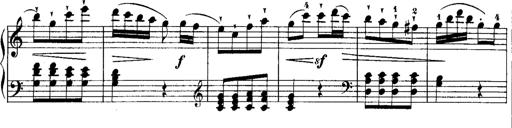
Title: Rondos and Sonatinas for Pianoforte
Composer: Daniel Steibelt